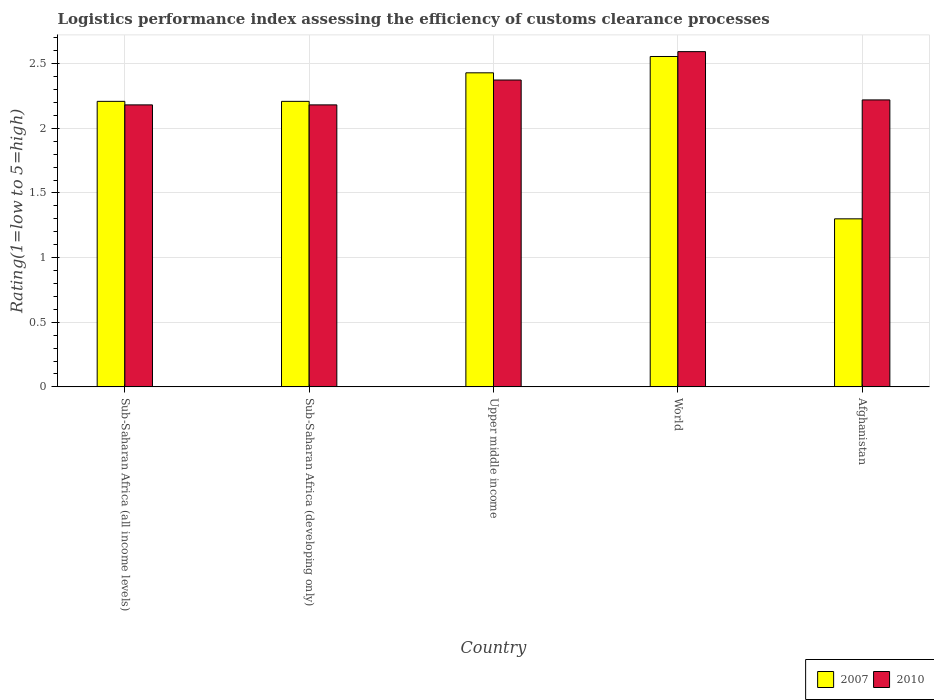
| Country | 2007 | 2010 |
 | --- | --- | --- |
 | Sub-Saharan Africa (all income levels) | 2.21 | 2.18 |
 | Sub-Saharan Africa (developing only) | 2.21 | 2.18 |
 | Upper middle income | 2.43 | 2.37 |
 | World | 2.56 | 2.59 |
 | Afghanistan | 1.3 | 2.22 |